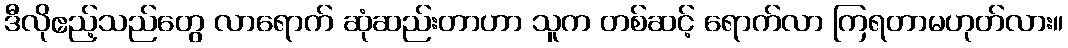
ဒီလိုဧည့်သည်တွေ လာရောက် ဆုံဆည်းတာဟာ သူက တစ်ဆင့် ရောက်လာ ကြရတာမဟုတ်လား။